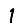
Digit: 1